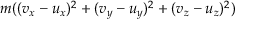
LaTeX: m ( ( v _ { x } - u _ { x } ) ^ { 2 } + ( v _ { y } - u _ { y } ) ^ { 2 } + ( v _ { z } - u _ { z } ) ^ { 2 } )